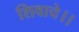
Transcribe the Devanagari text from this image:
शिवाचे।।